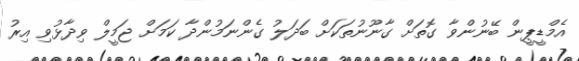
އެމްޑީޕީން ބޭނުންވާ ގޮތަށް ގާނޫނުތަކަށް ބަދަލު ގެންނަމުންދާ ކަމަށް ޖަމީލް ވިދާޅުވި އިރު